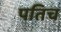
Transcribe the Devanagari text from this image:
पतिच